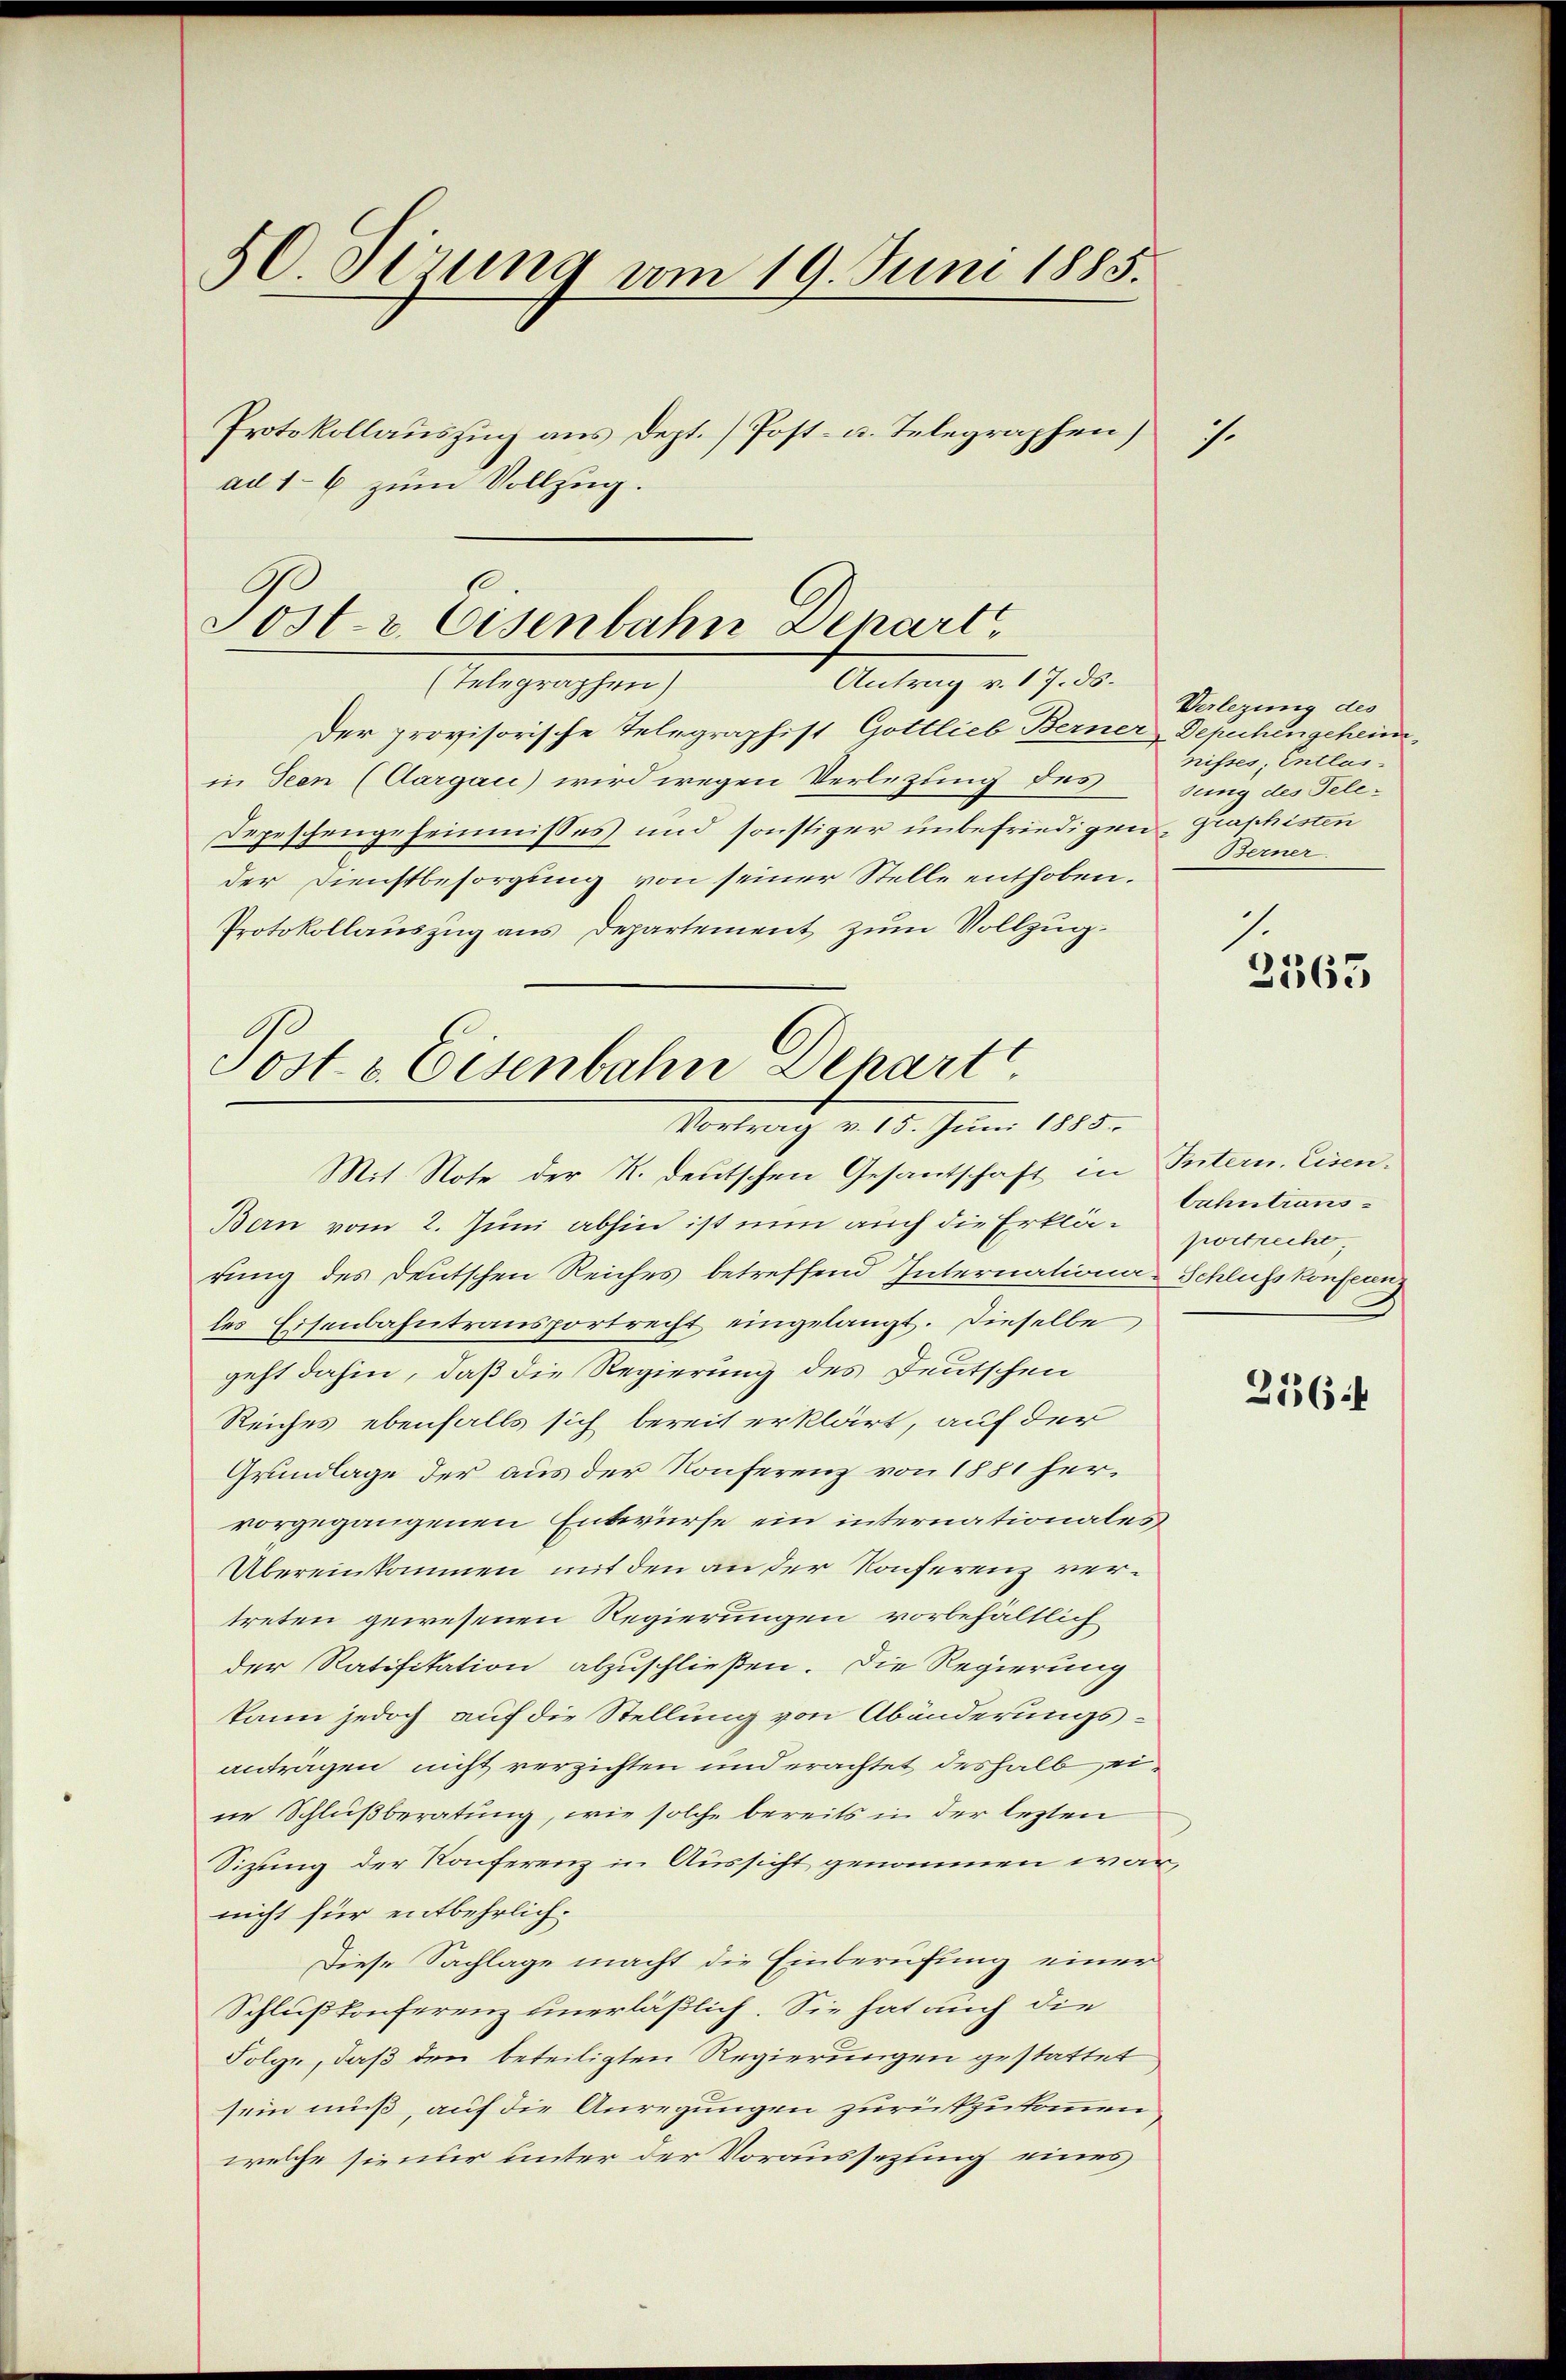
50 serung vom 19. Juni 1885.
Protokollauszug aus Dept.) Post- u. Telegraphen)
.
ad 1–6 zum Vollzug.

Post- & Eisenbahn Denart
Antrag v. 17. ds.
(Telegraphen)

Der provisorische Telegraphist Gottlieb Berner Depuchingeheimin Seen (Aargau) wird wegen Verletzung des
Depeschengeheimnisses und sonstiger unbefriedigen, graphisten
der Dienstbesorgung von seiner Stelle enthoben.
Protokollauszug aus Departement zum Vollzug¬
Post & Eisenbahn Depart

Vortrag v. 15. Juni 1885.

Mit. Note der R. deutschen Gesantschaft in Intern. Eisen¬
Bern vom 2. Juni abhin ist nun auch die Erklär zerrecht,
rung des Deutschen Reiches betreffend Internationa-Schlusskonflanz
les Eisenbahntransportrecht eingelangt. Dieselbe
geht dahin, daß die Regierung des Deutschen
Reiches ebenfalls sich bereit erklärt, auf der
Grundlage der aus der Konferenz von 1881 hervorgegangenen Entwurfe ein internationales
Übereinkommen mit den an der Konferenz vertreten gewesenen Regierungen vorbehältlich
der Ratifikation abzuschließen. Die Regierung
kann jedoch auf die Stellung von Abänderungsanträgen nicht verzichten und erachtet deshalb eine Schlußberatung, wie solche bereits in der lezten
Sizung der Konferenz in Aussicht genommen war,
nicht für entbehrlich¬
Diese Sachlage macht die Einberufung einer
Schlußkonferenz unerläßlich. Sie hat auch die
Folge, daß den beteiligten Regierungen gestattet
sein muß, auf die Anregungen zurückzukommen,
welche sie nur unter der Voraussezung eines

Verlegung des
nisses, Entlassung des Tele¬
Berner

1.
3565

bahntrans

21364